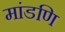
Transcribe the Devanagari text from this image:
मांडणि